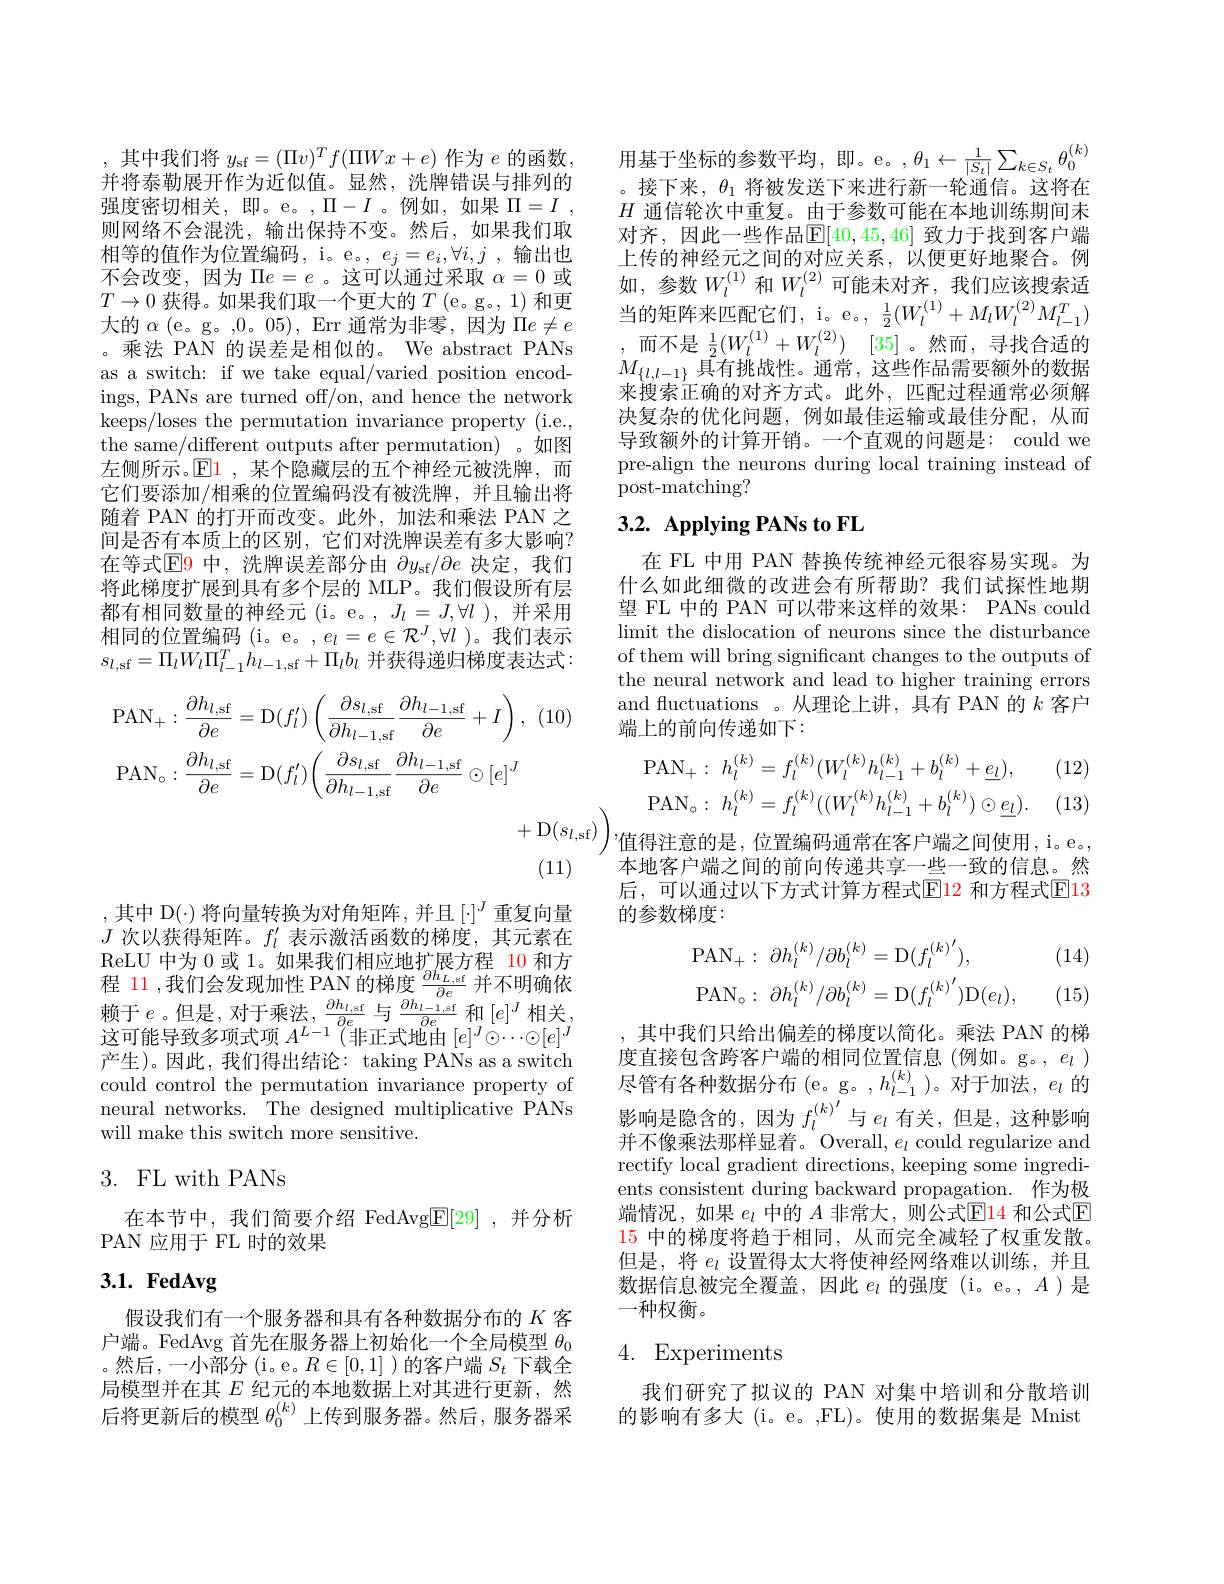
,其中 D(·) 将向量转换为对角矩阵，并且[·]$^J$重复向量$J$次以获得矩阵。$f_l^{\prime}$表示激活函数的梯度，其元素在ReLU 中为 0 或 1。如果我们相应地扩展方程 10 和方程 11 ,我们会发现加性 PAN 的梯度$\frac\partial h_{L,\mathrm{sf}}{\partial e}$并不明确依$\begin{array}{l}\text{赖于 }e\text{。但是，对于乘法},\frac{\partial h_{l,\mathrm{sf}}}{\partial e}\text{ 与 }\frac{\partial h_{l-1,\mathrm{sf}}}{\partial e}\text{ 和}\left[e\right]^{J}\text{相关},\\\text{这可能导致多项式项 }A^{L-1}\left(\text{非正式地由}\left[e\right]^{J}\odot\cdots\odot\left[e\right]^{J}\right.\end{array}$ 产生)。因此，我们得出结论：taking PANs as a switch could control the permutation invariance property of neural networks. The designed multiplicative PANs will make this switch more sensitive.

## 3. FL with PANs

在本节中，我们简要介绍 FedAvg$\underline{\mathrm{E}}[29]$ ,并分析
PAN 应用于 FL 时的效果

# $3. 1. \textbf{ FedAvg}$

假设我们有一个服务器和具有各种数据分布的$K$客户端。FedAvg 首先在服务器上初始化一个全局模型$\theta_{0}$ 。然后，一小部分(i。e。$R\in[0,1]$ )的客户端$S_t$下载全局模型并在其$E$纪元的本地数据上对其进行更新，然后将更新后的模型$\theta_0^{(k)}$上传到服务器。然后，服务器采

,其中我们将$y_\mathrm{sf}=(\Pi v)^Tf(\Pi Wx+e)$作为$e$的函数， 并将泰勒展开作为近似值。显然，洗牌错误与排列的强度密切相关，即。e。,$\Pi-I$。例如，如果$\Pi=I$ , 则网络不会混洗，输出保持不变。然后，如果我们取相等的值作为位置编码，i。e。, $e_j=e_i,\forall i,j$ ,输出也不会改变，因为$\Pi e=e$ 。这可以通过采取$\alpha=0$或$T\to0$获得。如果我们取一个更大的$T$ (e。g。, 1) 和更大的$\alpha$ (e。g。,0。05), Err 通常为非零，因为$\Pi e\neq e$ 。乘法 PAN 的误差是相似的。We abstract PANs as a switch: if we take equal/varied position encodings, PANs are turned off/on, and hence the network keeps/loses the permutation invariance property (i.e., the same/different outputs after permutation) 。如图左侧所示。$\operatorname{El}$ ,某个隐藏层的五个神经元被洗牌，而它们要添加/相乘的位置编码没有被洗牌，并且输出将随着 PAN 的打开而改变。此外，加法和乘法 PAN 之间是否有本质上的区别，它们对洗牌误差有多大影响？ 在等式$\color{red}{\mathrm{E}}\color{blue}{\mathrm{9}}$中，洗牌误差部分由$\color{red}{\partial y_\mathrm{sf}/\partial e}$决定，我们将此梯度扩展到具有多个层的 MLP。我们假设所有层都有相同数量的神经元(i。e。,$J_l=J,\forall l$),并采用相同的位置编码 (i。e。,$e_l=e\in\mathcal{R}^J,\forall l$ )。我们表示$s_{l,\mathrm{sf}}=\Pi_{l}W_{l}\Pi_{l-1}^{T}h_{l-1,\mathrm{sf}}+\Pi_{l}b_{l}$ 并获得递归梯度表达式：
$$\begin{aligned}&\mathrm{PAN}_{+}:\:\frac{\partial h_{l,\mathrm{sf}}}{\partial e}=\mathrm{D}(f_{l}^{\prime})\left(\frac{\partial s_{l,\mathrm{sf}}}{\partial h_{l-1,\mathrm{sf}}}\frac{\partial h_{l-1,\mathrm{sf}}}{\partial e}+I\right),\:(10)\\&\mathrm{PAN}_{\circ}:\frac{\partial h_{l,\mathrm{sf}}}{\partial e}=\mathrm{D}(f_{l}^{\prime})\left(\frac{\partial s_{l,\mathrm{sf}}}{\partial h_{l-1,\mathrm{sf}}}\frac{\partial h_{l-1,\mathrm{sf}}}{\partial e}\odot[e]^{J}\right.\\&&+\mathrm{D}(s_{l}\\&&(11)\end{aligned}$$
用 基 于 坐 标 的 参 数 平 均 , 即 。e。, $\theta _1\leftarrow \frac 1{| S_t| }\sum _{k\in S_t}\theta _0^{( k) }$ 。接 下 来 , $\theta _1$ 将 被 发 送 下 来 进 行 新 一 轮 通 信 。这 将 在$H$通信轮次中重复。由于参数可能在本地训练期间未对齐，因此一些作品$\mathbb{E}[40,45,46]$ 致力于找到客户端上传的神经元之间的对应关系，以便更好地聚合。例如，参数$W_l^{(1)}$和$W_l^{(2)}$可能未对齐，我们应该搜索适当的矩阵来匹配它们，i。e。, $\frac12(W_l^{(1)}+M_lW_l^{(2)}M_{l-1}^T)$ ,而不是$\frac 12( W_l^{( 1) }+ W_l^{( 2) })$ [35]。然而，寻找合适的$M_{\{l,l-1\}}$具有挑战性。通常，这些作品需要额外的数据来搜索正确的对齐方式。此外，匹配过程通常必须解决复杂的优化问题，例如最佳运输或最佳分配，从而导致额外的计算开销。一个直观的问题是：could we pre-align the neurons during local training instead of post-matching?

# 3.2. Applying PANs to FL

在 FL 中用 PAN 替换传统神经元很容易实现。为什么如此细微的改进会有所帮助？我们试探性地期望 FL 中的 PAN 可以带来这样的效果：PANs could limit the dislocation of neurons since the disturbance of them will bring significant changes to the outputs of the neural network and lead to higher training errors and fuctuations 。从理论上讲，具有 PAN 的$k$客户端上的前向传递如下：

(12)
$$\mathrm{PAN}_{+}:\:h_{l}^{(k)}=f_{l}^{(k)}(W_{l}^{(k)}h_{l-1}^{(k)}+b_{l}^{(k)}+\underline{e_{l}}),\\\mathrm{PAN}_{\circ}:\:h_{l}^{(k)}=f_{l}^{(k)}((W_{l}^{(k)}h_{l-1}^{(k)}+b_{l}^{(k)})\odot\underline{e_{l}}).$$
(13)

${\text{)"值得注意的是，位置编码通常在客户端之间使用，i。e。}}$ 本地客户端之间的前向传递共享一些一致的信息。然后，可以通过以下方式计算方程式$\operatorname{El}$2 和方程式$\operatorname{El}$3的参数梯度：

(14)
$$\begin{aligned}&\mathrm{PAN}_{+}:\:\partial h_{l}^{(k)}/\partial b_{l}^{(k)}=\mathrm{D}(f_{l}^{(k)}{}^{\prime}),\\&\mathrm{PAN}_{\circ}:\:\partial h_{l}^{(k)}/\partial b_{l}^{(k)}=\mathrm{D}(f_{l}^{(k)}{}^{\prime})\mathrm{D}(e_{l}),\end{aligned}$$
(15)

,其中我们只给出偏差的梯度以简化。乘法 PAN 的梯度直接包含跨客户端的相同位置信息 (例如。g。, $e_l$ ) 尽管有各种数据分布(e。g。$,h_l-1^{(k)})$。对于加法，$e_l$的影响是隐含的，因为$f_l^{(k)^{\prime}}$与$e_l$有关，但是，这种影响并不像乘法那样显着。Overall, $e_l$ could regularize and rectify local gradient directions, keeping some ingredients consistent during backward propagation. 作为极端情况，如果 $e_l$ 中的 $A$ 非常大，则公式$\mathbb{E}$14 和公式$\mathbb{E}$ 15中的梯度将趋于相同，从而完全减轻了权重发散。但是，将$e_l$设置得太大将使神经网络难以训练，并且数据信息被完全覆盖，因此$e_l$的强度 (i。e。, $A$)是一种权衡。

## 4. Experiments

我们研究了拟议的 PAN 对集中培训和分散培训的影响有多大 (i。e。,FL)。使用的数据集是 Mnist